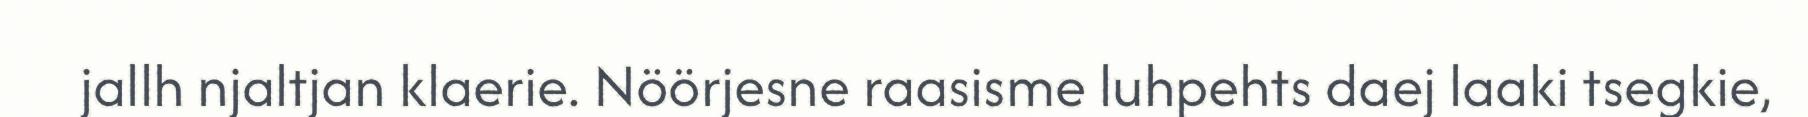
jallh njaltjan klaerie. Nöörjesne raasisme luhpehts daej laaki tsegkie,